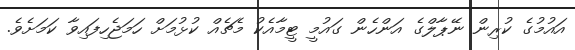
އައުމުގެ ކުރިން ނޭޕާލްގެ އަންހެން ގައުމީ ޓީމާއެކު މެޗެއް ކުޅުމަށް ހަމަޖެހިފައިވާ ކަމަށެވެ.